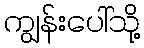
ကျွန်းပေါ်သို့